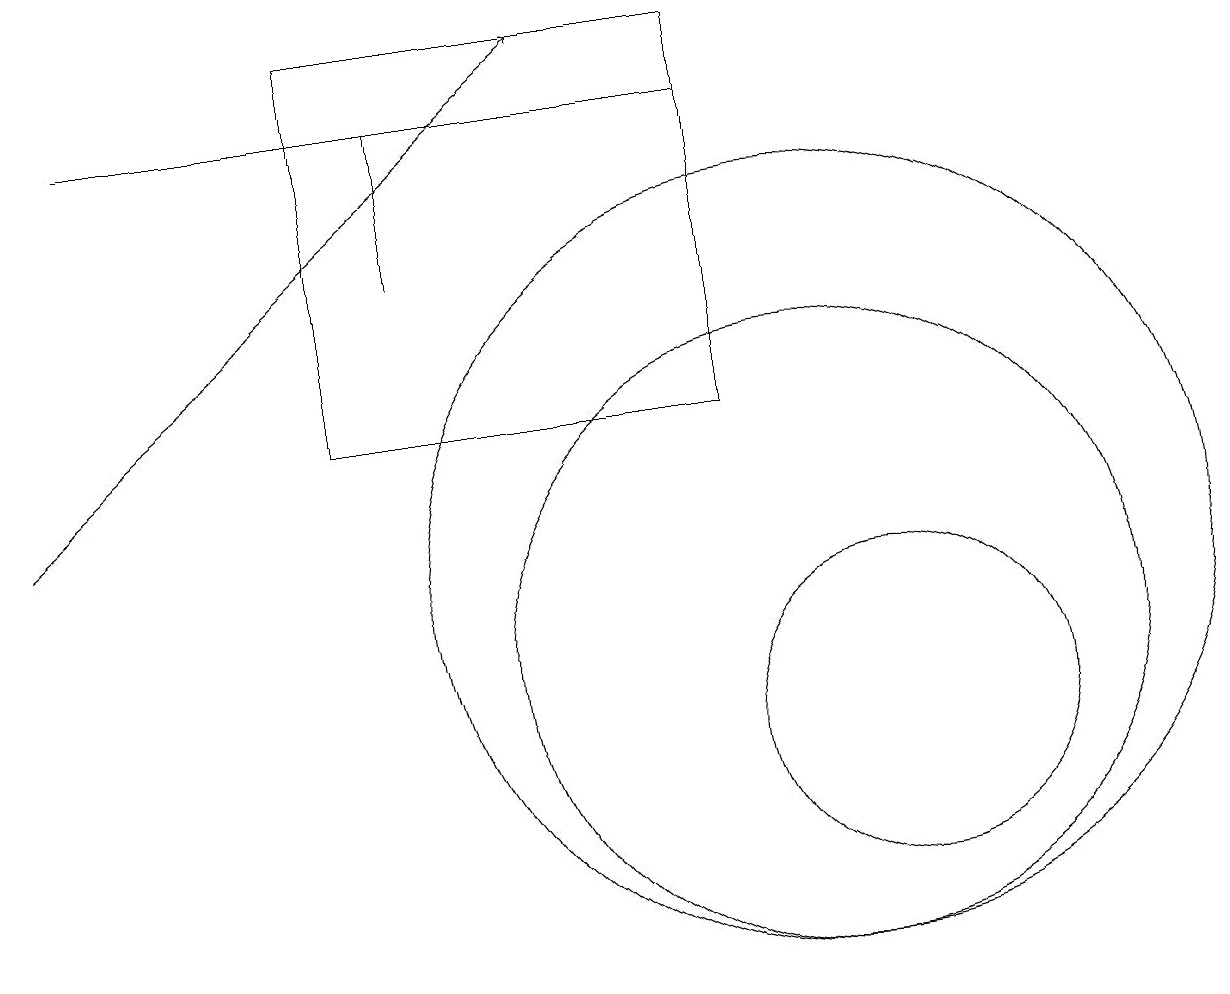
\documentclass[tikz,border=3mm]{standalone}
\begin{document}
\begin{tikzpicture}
\draw (11,10) circle (2);
\draw (10,12) circle (5);
\draw (10,11) circle (4);
\draw (1,18) rectangle (9,18);
\draw[->] (0,13) -- (7,19);
\draw (5,18) rectangle (5,16);
\draw (4,19) rectangle (9,14);
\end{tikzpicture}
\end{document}